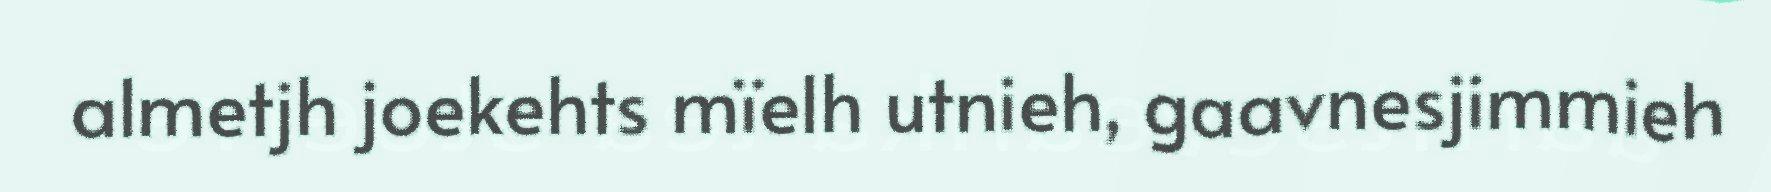
almetjh joekehts mïelh utnieh, gaavnesjimmieh